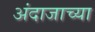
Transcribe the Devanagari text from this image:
अंदाजाच्या